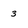
Character: 3